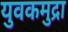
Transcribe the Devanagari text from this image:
युवकमुद्रा